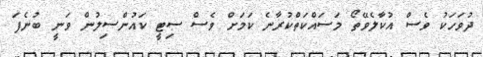
ދުވަހަކު ވެސް އުކާލެވޭތޯ މަސައްކަތްކުރާނެ ކަމަށް ވެސް ސިޓީ ކައުންސިލުން ވަނީ ބުނެފަ